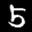
Label: 5